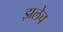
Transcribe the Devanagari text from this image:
झलेच